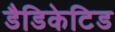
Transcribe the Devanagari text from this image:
डैडिकेटिड